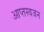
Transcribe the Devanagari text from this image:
आप्तस्वजन